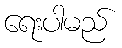
ရေးပါမည်